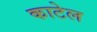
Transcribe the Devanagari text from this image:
काटेल